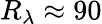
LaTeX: R_{\lambda}\approx 90